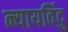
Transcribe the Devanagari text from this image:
न्यायविंदु